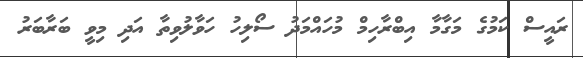
ރައީސް ކަމުގެ މަގާމާ އިބްރާހިމް މުހައްމަދު ސޯލިހު ހަވާލުވިތާ އަދި މިވީ ބަރާބަރު